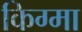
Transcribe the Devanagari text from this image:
किग्मा